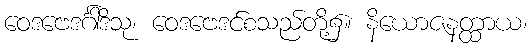
ဝေဒဗေဒင်္ဂါဒိသု၊ ဝေဒဗေဒင်စသည်တို့၌။ နိယောဇနတ္ထာယ၊